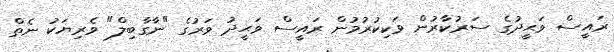
ރައީސް ވަޙީދުގެ ސަރުކާރުން ވަކިކުރުމުން ރައީސް ވަޙީދު ވަރުގެ "ނާގާބިލް" ވެރިޔަކު ނެތް